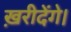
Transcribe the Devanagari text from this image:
ख़रीदेंगे।